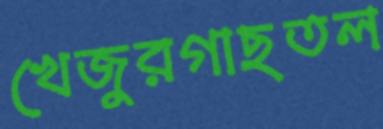
খেজুরগাছতল